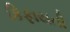
કિફાયતી